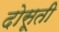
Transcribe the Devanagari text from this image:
दोसूती